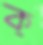
ক্